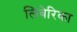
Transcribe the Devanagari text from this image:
लिबेरिका